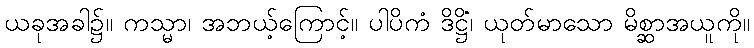
ယခုအခါ၌။ ကသ္မာ၊ အဘယ့်ကြောင့်။ ပါပိကံ ဒိဋ္ဌိံ၊ ယုတ်မာသော မိစ္ဆာအယူကို။